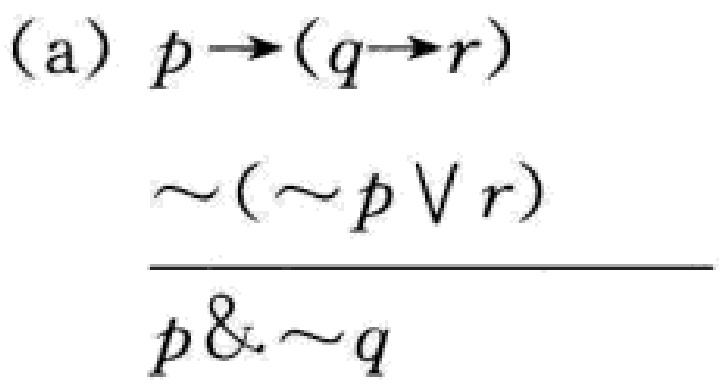
(a) \(p\rightarrow(q\rightarrow r)\)

\(\sim(\sim p\vee r)\)

\(\overline{p\& \sim q}\)